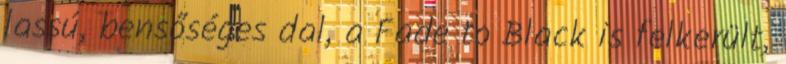
lassú, bensőséges dal, a Fade to Black is felkerült,